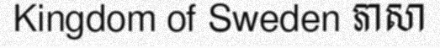
Kingdom of Sweden ភាសា